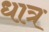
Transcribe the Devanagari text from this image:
धात्र